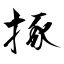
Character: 㧻